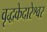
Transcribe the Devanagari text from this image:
वृद्धकेदारेश्वर